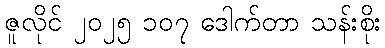
ဇူလိုင် ၂၀၂၅ ၁၀၇ ဒေါက်တာ သန်းစိုး